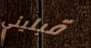
قبليني